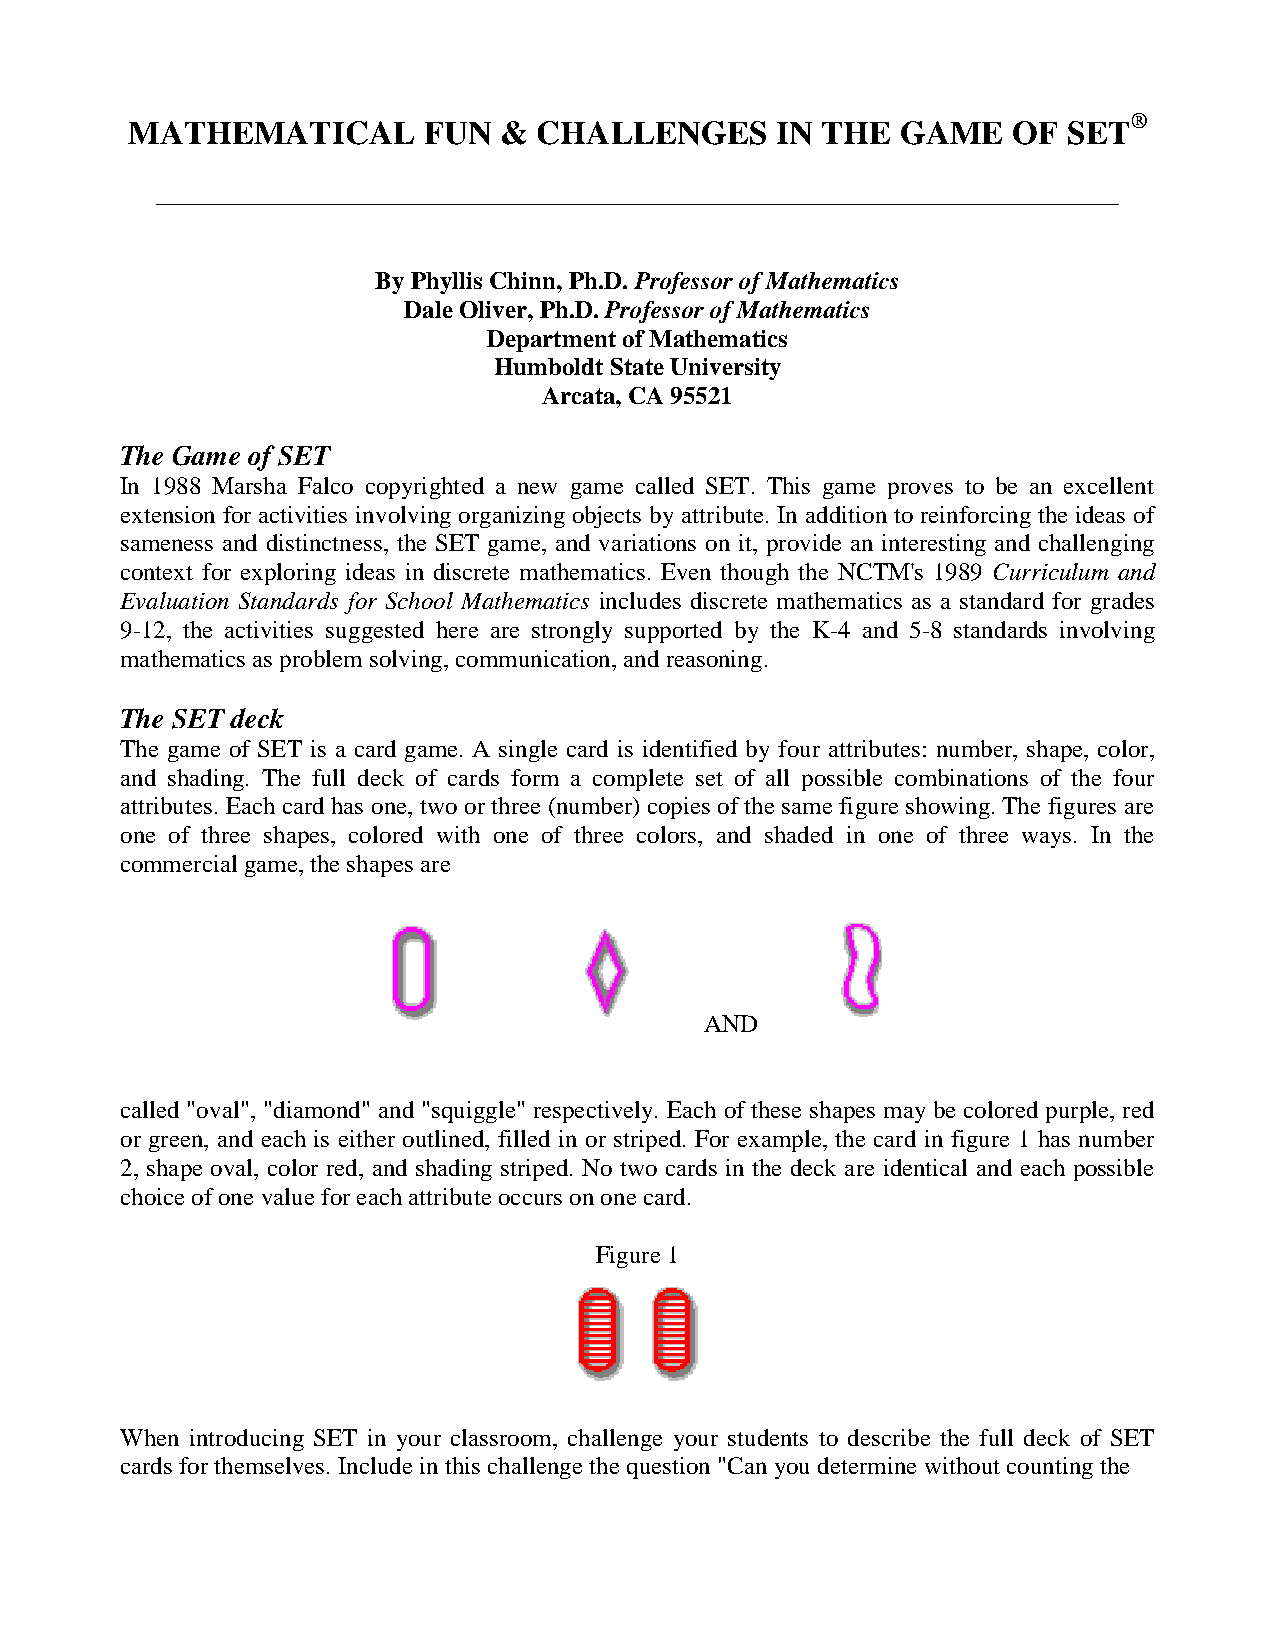
®
 MATHEMATICAL        FUN  &  CHALLENGES     IN THE   GAME   OF  SET
 _____________________________________________________________________________
 By Phyllis Chinn, Ph.D. Professor of Mathematics
 Dale Oliver, Ph.D. Professor of Mathematics
 Department of Mathematics
 Humboldt State University
 Arcata, CA 95521
 The Game of SET
 In 1988 Marsha Falco copyrighted a new game called SET. This game proves to be an excellent
 extension for activities involving organizing objects by attribute. In addition to reinforcing the ideas of
 sameness and distinctness, the SET game, and variations on it, provide an interesting and challenging
 context for exploring ideas in discrete mathematics. Even though the NCTM's 1989 Curriculum and
 Evaluation Standards for School Mathematics includes discrete mathematics as a standard for grades
 9-12, the activities suggested here are strongly supported by the K-4 and 5-8 standards involving
 mathematics as problem solving, communication, and reasoning.
 The SET deck
 The game of SET is a card game. A single card is identified by four attributes: number, shape, color,
 and shading. The full deck of cards form a complete set of all possible combinations of the four
 attributes. Each card has one, two or three (number) copies of the same figure showing. The figures are
 one of three shapes, colored with one of three colors, and shaded in one of three ways. In the
 commercial game, the shapes are
 AND
 called "oval", "diamond" and "squiggle" respectively. Each of these shapes may be colored purple, red
 or green, and each is either outlined, filled in or striped. For example, the card in figure 1 has number
 2, shape oval, color red, and shading striped. No two cards in the deck are identical and each possible
 choice of one value for each attribute occurs on one card.
 Figure 1
 When introducing SET in your classroom, challenge your students to describe the full deck of SET
 cards for themselves. Include in this challenge the question "Can you determine without counting the